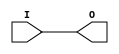
/*
 * Copyright (C) 2010, Jason S. McMullan. All rights reserved.
 *
 * This program is free software; you can redistribute it and/or
 * modify it under the terms of the GNU General Public License
 * as published by the Free Software Foundation; either version 2
 * of the License, or (at your option) any later version.
 *
 * This program is distributed in the hope that it will be useful,
 * but WITHOUT ANY WARRANTY; without even the implied warranty of
 * MERCHANTABILITY or FITNESS FOR A PARTICULAR PURPOSE.  See the
 * GNU General Public License for more details.
 *
 * You should have received a copy of the GNU General Public License
 * along with this program; if not, write to the Free Software
 * Foundation, Inc., 51 Franklin Street, Fifth Floor,
 * Boston, MA 02110-1301, USA.
 *
 */
`timescale 1ns/1ps

module Resistor_Damping #(
	parameter ohms = 0
) (
	input 	I,
	output	O
);

assign O = I;

endmodule